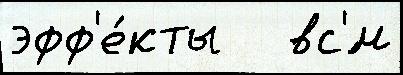
эфф'е́кты   вс'́м